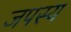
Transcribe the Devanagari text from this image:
जपस्य